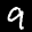
Label: 9